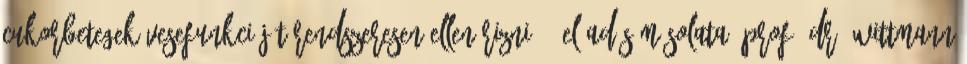
cukorbetegek vesefunkcióját rendszeresen ellenőrizni?"— Előadás másolata: Prof. Dr. Wittmann